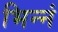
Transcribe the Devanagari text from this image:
भिन्नं